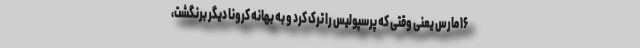
۱۶ مارس یعنی وقتی که پرسپولیس را ترک کرد و به بهانه کرونا دیگر برنگشت،